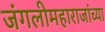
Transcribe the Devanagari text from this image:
जंगलीमहाराजांच्या